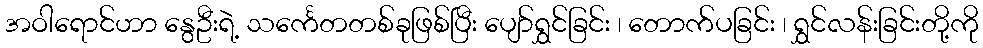
အဝါရောင်ဟာ နွေဦးရဲ့ သင်္ကေတတစ်ခုဖြစ်ပြီး ပျော်ရွှင်ခြင်း ၊ တောက်ပခြင်း ၊ ရွှင်လန်းခြင်းတို့ကို